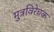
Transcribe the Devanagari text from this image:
मुत्रविरेचक